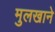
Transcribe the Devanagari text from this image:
मुलखाने